Civil Veterinary Dept. Bombay admin report 1907-1913 - 1907-1913
Year: 1907
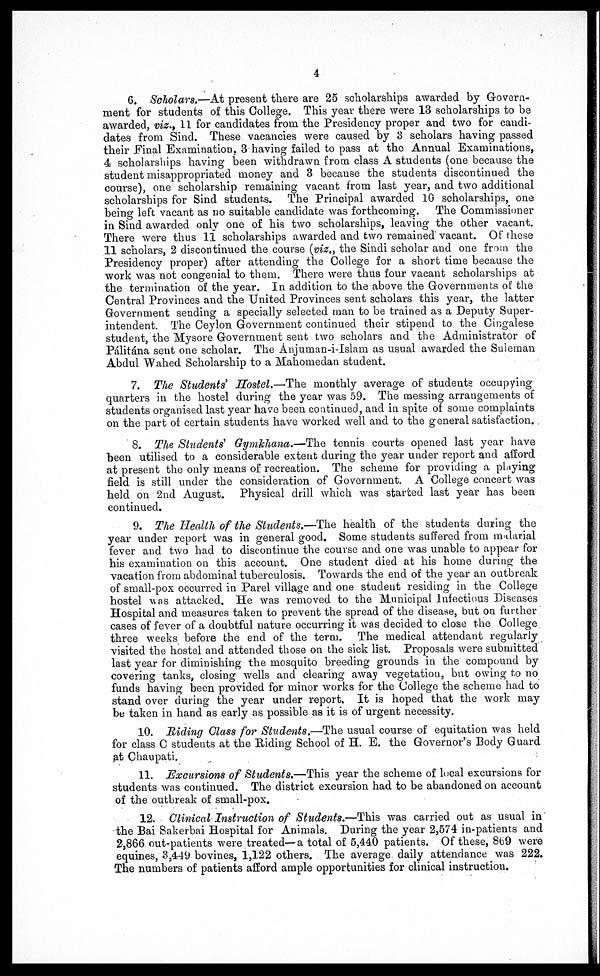
4
6. Scholars.—At present there are 25 scholarships awarded by Govern-
nient for students of this College. This year there were 13 scholarships to be
awarded, viz., 11 for candidates from the Presidency proper and two for candi-
dates from Sind. These vacancies were caused by 3 scholars having passed
their Final Examination, 3 having failed to pass at the Annual Examinations,
4 scholarships having been withdrawn from class A students (one because the
student misappropriated money and 3 because the students discontinued the
course), one scholarship remaining vacant from last year, and two additional
scholarships for Sind students. The Principal awarded 10 scholarships, one
being left vacant as no suitable candidate was forthcoming.
The Commissioner
in Sind awarded only one of his two scholarships, leaving the other vacant.
There were thus 11 scholarships awarded and two remained vacant. Of these
11 scholars, 2 discontinued the course (viz., the Sindi scholar and one from the
Presidency proper) after attending the College for a short time because the
work was not congenial to them. There were thus four vacant scholarships at
the termination of the year. In addition to the above the Governments of the
Central Provinces and the United Provinces sent scholars this year, the latter
Government sending a specially selected man to be trained as a Deputy Super-
intendent. The Ceylon Government continued their stipend to the Cingalese
student, the Mysore Government sent two scholars and the Administrator of
Pálitána sent one scholar. The Anjuman-i-Islam as usual awarded the Suleman
Abdul Wahed Scholarship to a Mahomedan student.
7. The Students' Hostel.—The monthly average of students occupying
quarters in the hostel during the year was 59. The messing arrangements of
students organised last year have been continued, and in spite of some complaints
on the part of certain students have worked well and to the general satisfaction.
8. The Students' Gymkhana.—The tennis courts opened last year have
been utilised to a considerable extent during the year under report and afford
at present the only means of recreation. The scheme for providing a playing
field is still under the consideration of Government. A College concert was
held on 2nd August. Physical drill which was started last year has been
continued.
9. The Health of the Students.—The health of the students during the
year under report was in general good. Some students suffered from malarial
fever and two had to discontinue the course and one was unable to appear for
his examination on this account. One student died at his home during the
vacation from abdominal tuberculosis. Towards the end of the year an outbreak
of small-pox occurred in Parel village and one student residing in the College
hostel was attacked. He was removed to the Municipal Infectious Diseases
Hospital and measures taken to prevent the spread of the disease, but on further
cases of fever of a doubtful nature occurring it was decided to close the College
three weeks before the end of the term. The medical attendant regularly
visited the hostel and attended those on the sick list. Proposals were submitted
last year for diminishing the mosquito breeding grounds in the compound by
covering tanks, closing wells and clearing away vegetation, but owing to no
funds having been provided for minor works for the College the scheme had to
stand over during the year under report. It is hoped that the work may
be taken in hand as early as possible as it is of urgent necessity.
10. Riding Class for Students.—The usual course of equitation was held
for class C students at the Hiding School of H. E. the Governor's Body Guard
at Chaupati.
11. Excursions of Students.—This year the scheme of local excursions for
students was continued. The district excursion had to be abandoned on account
of the outbreak of small-pox.
12. Clinical Instruction of Students.—This was carried out as usual in
the Bai Sakerbai Hospital for Animals. During the year 2,574 in-patients and
2,866 out-patients were treated—a total of 5,440 patients. Of these, 869 were
equines, 3,449 bovines, 1,122 others. The average, daily attendance was 222.
The numbers of patients afford ample opportunities for clinical instruction.